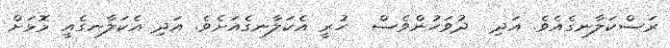
ރަސްކަލާނގެއެވެ. އަދި  ދުވަހުންވެސް  ހުރީ އެކަލާނގެއަށެވެ. އަދި އެކަލާނގެއީ މޮޅަށް